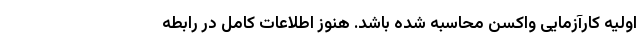
اولیه کارآزمایی واکسن محاسبه شده باشد. هنوز اطلاعات کامل در رابطه